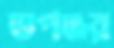
ভপঞ্জর